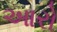
આરો